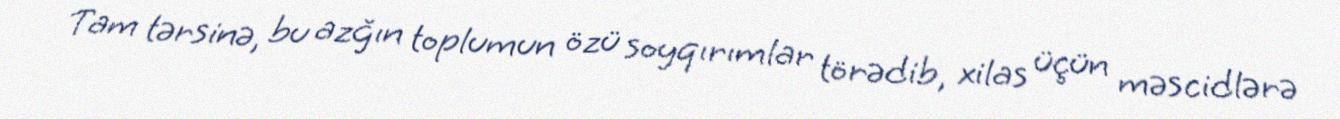
Tam tərsinə, bu azğın toplumun özü soyqırımlar törədib, xilas üçün məscidlərə